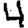
Digit: 4